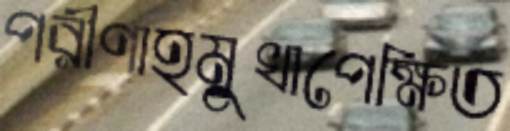
পরীণাহমুখাপেক্ষিত